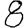
Digit: 8